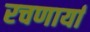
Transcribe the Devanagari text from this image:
रचणार्या